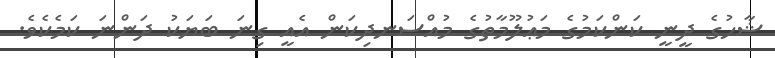
ޝާހުގެ ދީނީ ކަންކަމުގެ މަޢުލޫމާތުގެ މުއްސަނދިކަން އެއީ ގިނަ ބަޔަކު ދަންނަ ކަމެކެވެ.